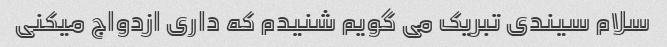
سلام سیندی تبریک می گویم شنیدم که داری ازدواج میکنی